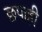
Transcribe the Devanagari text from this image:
छपाही